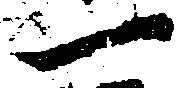
一